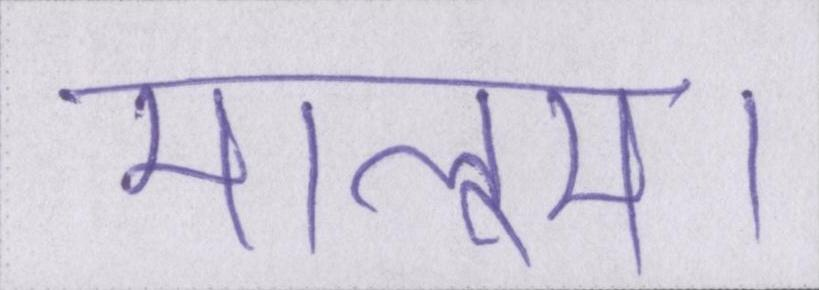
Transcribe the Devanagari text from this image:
मालूम।